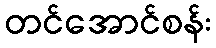
တင်အောင်စန်း